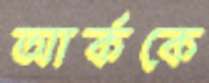
আর্ককে